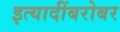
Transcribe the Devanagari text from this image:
इत्यादींबरोबर